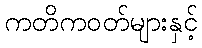
ကတိကဝတ်များနှင့်